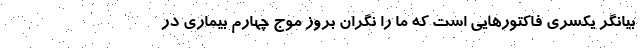
بیانگر یکسری فاکتورهایی است که ما را نگران بروز موج چهارم بیماری در